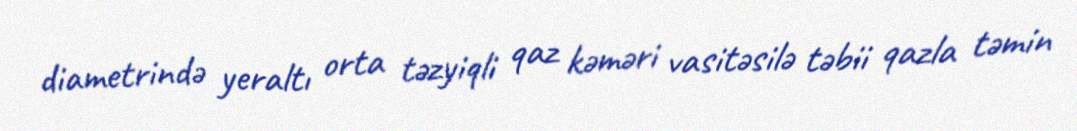
diametrində yeraltı orta təzyiqli qaz kəməri vasitəsilə təbii qazla təmin